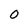
Character: 0